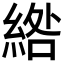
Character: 綹